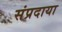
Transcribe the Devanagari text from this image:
संप्रदाया